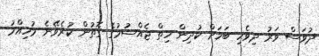
ދުވަސް ވަރު ދިވެހި ބަހަށް ކުދިން ހިތް ޖެއްސުމުގެ ގޮތުން ކުރެވޭނެ މުހިއްމު